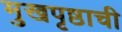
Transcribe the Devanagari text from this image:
मुखपृष्ठाची